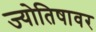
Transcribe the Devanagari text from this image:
ज्योतिषावर